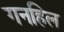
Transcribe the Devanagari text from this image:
गनहिल